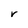
Character: r